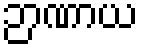
ဉာဏာယ